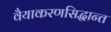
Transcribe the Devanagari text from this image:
वैयाकरणसिद्धान्त